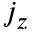
j _ { z }